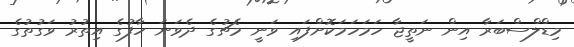
މިޑްލްސްބަރާ އިން ނަތީޖާ ހަމަހަަމަކޮށްފައި ވަނީ މެޗުގެ ދެވަނަ ހާފުގެ އިތުރު ވަގުތުގެ